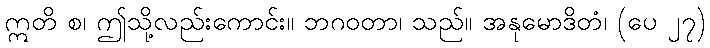
ဣတိ စ၊ ဤသို့လည်းကောင်း။ ဘဂဝတာ၊ သည်။ အနုမောဒိတံ၊ (ပေ ၂၇)